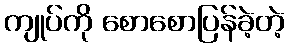
ကျုပ်ကို စောစောပြန်ခဲ့တဲ့